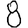
Digit: 8